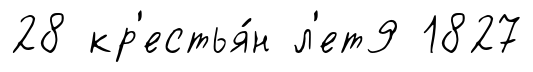
28 кр'естья́н л'ет9 1827